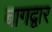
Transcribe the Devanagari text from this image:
बागद्वार